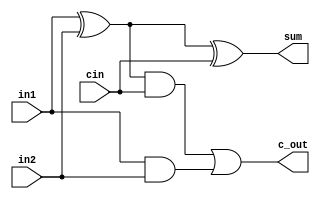
module full_adder (in1,in2,cin,sum,c_out);
input in1, in2, cin;
output sum,c_out;

wire s1,c1,c2;
xor (s1,in1,in2);
and (c1,in1,in2);
xor (sum,s1,cin);
and (c2,s1,cin);
or  (c_out,c2,c1);

endmodule